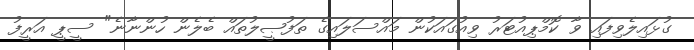
ގުޅައިލެވިފައި ވާ ކޮމްޕިއުޓަރު ވިއުގައަކުން މައްސަލައިގެ ތަފުޞީލުތައް ބެލެން ހުންނާނެ" ސީޕީ އަރީފު